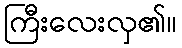
ကြီးလေးလှ၏။